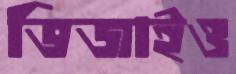
ভিজাইও